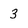
Character: 3